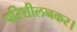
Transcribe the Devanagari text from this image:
परिशीलनकर।